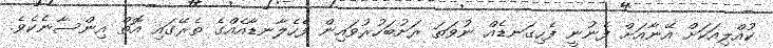
ކުއްލިއަކަށް އޭނާއަށް ފެނުނީ ފެހިގަނޑެއް ނުވަތަ ރަށުބަހުރުވައިން ފެހެލާނޑާއެއްގެ ތެރޭގައި އޮތް އިންސާނެކެވެ.